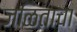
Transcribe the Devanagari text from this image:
जळिताचा